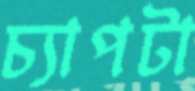
চ্যাপটা